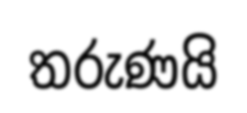
තරුණයි